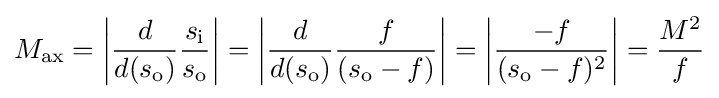
M_{\text{ax}}=\left|{d \over d(s_{\text{o}})}{s_{\text{i}} \over s_{\text{o}}}\right|=\left|{d \over d(s_{\text{o}})}{f \over (s_{\text{o}}-f)}\right|=\left|{-f \over (s_{\text{o}}-f)^{2}}\right|={M^{2} \over f}